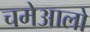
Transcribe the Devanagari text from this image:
चमेआलो